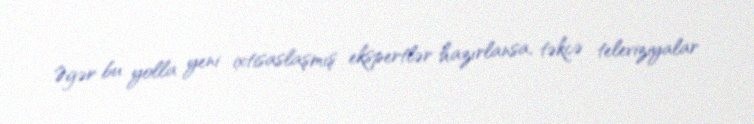
Əgər bu yolla yeni ixtisaslaşmış ekspertlər hazırlansa, təkcə televiziyalar